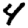
Digit: 4